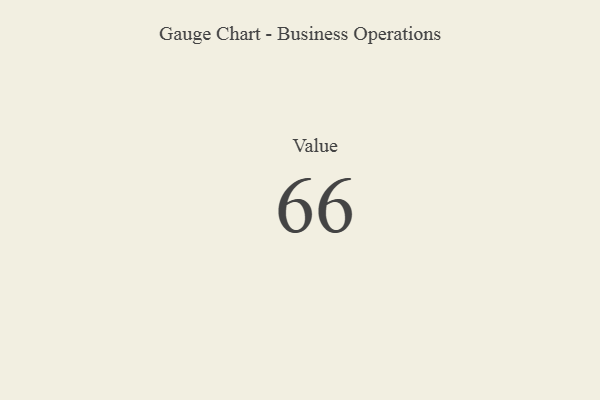
{"axis": {"x": "Metric", "y": "Value"}, "legend": [""], "data": [{"x": "Value", "y": 66, "type": ""}]}